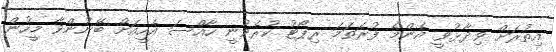
އިތުރަށް ވިދާޅުވީ އެންމެ ފުރަތަމަ ރިޕޯޓު ކުރެވުނީ ހާއްސަ އެހީއަށް ބޭނުންވާ މީހުން